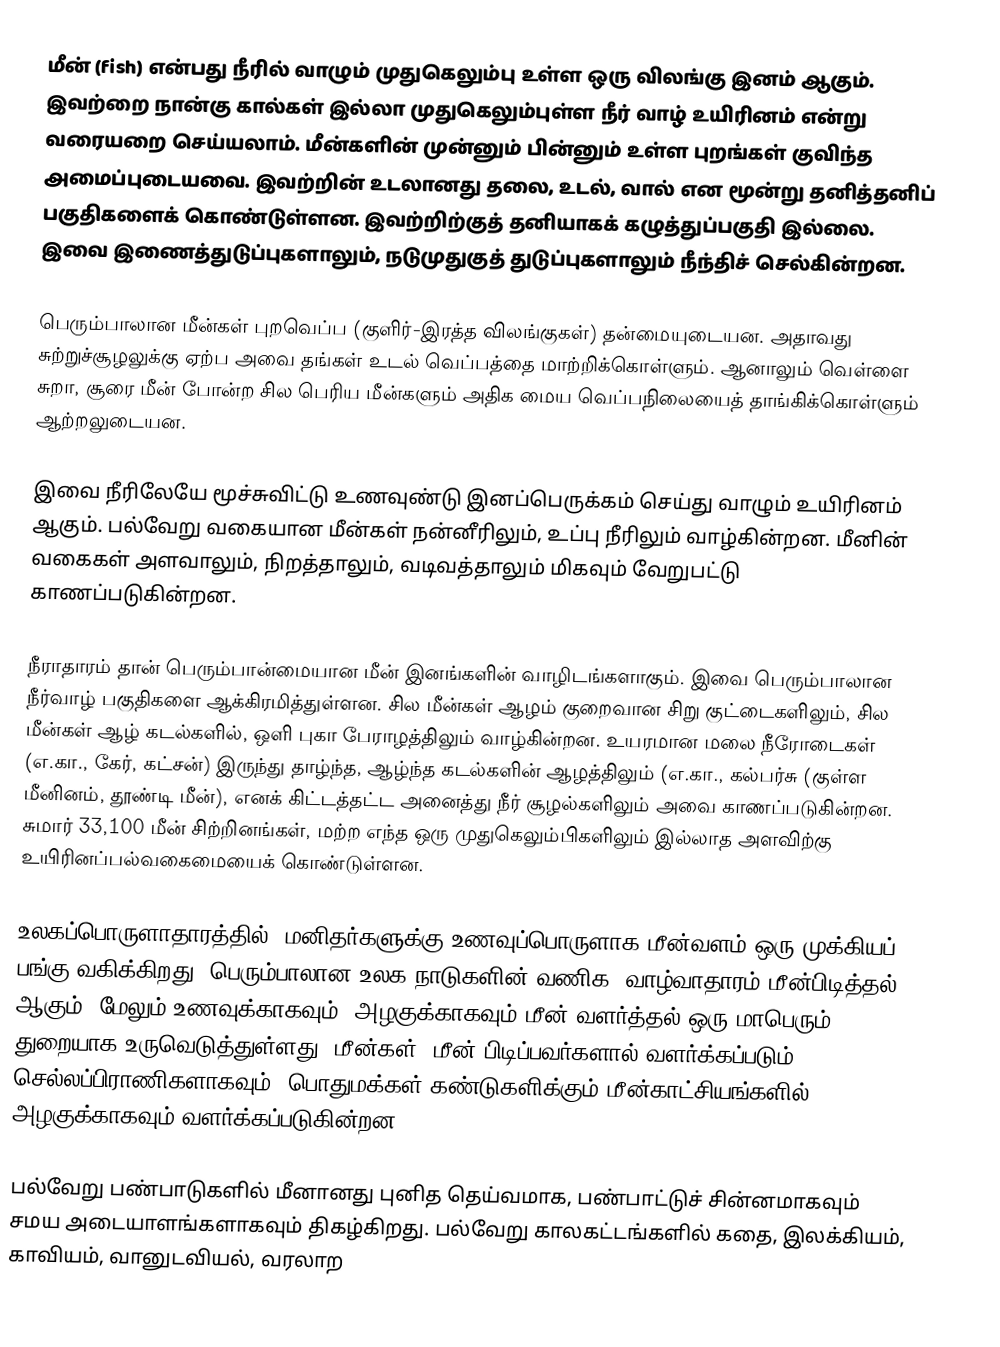
மீன் (fish) என்பது நீரில் வாழும் முதுகெலும்பு உள்ள ஒரு விலங்கு இனம் ஆகும். இவற்றை நான்கு கால்கள் இல்லா முதுகெலும்புள்ள நீர் வாழ் உயிரினம் என்று வரையறை செய்யலாம். மீன்களின் முன்னும் பின்னும் உள்ள புறங்கள் குவிந்த அமைப்புடையவை. இவற்றின் உடலானது தலை, உடல், வால் என மூன்று தனித்தனிப் பகுதிகளைக் கொண்டுள்ளன. இவற்றிற்குத் தனியாகக் கழுத்துப்பகுதி இல்லை. இவை இணைத்துடுப்புகளாலும், நடுமுதுகுத் துடுப்புகளாலும் நீந்திச் செல்கின்றன.

பெரும்பாலான மீன்கள் புறவெப்ப (குளிர்-இரத்த விலங்குகள்) தன்மையுடையன. அதாவது சுற்றுச்சூழலுக்கு ஏற்ப அவை தங்கள் உடல் வெப்பத்தை மாற்றிக்கொள்ளும். ஆனாலும் வெள்ளை சுறா, சூரை மீன் போன்ற சில பெரிய மீன்களும் அதிக மைய வெப்பநிலையைத் தாங்கிக்கொள்ளும் ஆற்றலுடையன.

இவை நீரிலேயே மூச்சுவிட்டு உணவுண்டு இனப்பெருக்கம் செய்து வாழும் உயிரினம் ஆகும். பல்வேறு வகையான மீன்கள் நன்னீரிலும், உப்பு நீரிலும் வாழ்கின்றன. மீனின் வகைகள் அளவாலும், நிறத்தாலும், வடிவத்தாலும் மிகவும் வேறுபட்டு காணப்படுகின்றன.

நீராதாரம் தான் பெரும்பான்மையான மீன் இனங்களின் வாழிடங்களாகும். இவை பெரும்பாலான நீர்வாழ் பகுதிகளை ஆக்கிரமித்துள்ளன. சில மீன்கள் ஆழம் குறைவான சிறு குட்டைகளிலும், சில மீன்கள் ஆழ் கடல்களில், ஒளி புகா பேராழத்திலும் வாழ்கின்றன. உயரமான மலை நீரோடைகள் (எ.கா., கேர், கட்சன்) இருந்து தாழ்ந்த, ஆழ்ந்த கடல்களின் ஆழத்திலும் (எ.கா., கல்பர்சு (குள்ள மீனினம், தூண்டி மீன்), எனக் கிட்டத்தட்ட அனைத்து நீர் சூழல்களிலும் அவை காணப்படுகின்றன. சுமார் 33,100 மீன் சிற்றினங்கள், மற்ற எந்த ஒரு முதுகெலும்பிகளிலும் இல்லாத அளவிற்கு உயிரினப்பல்வகைமையைக் கொண்டுள்ளன.

உலகப்பொருளாதாரத்தில், மனிதர்களுக்கு உணவுப்பொருளாக மீன்வளம் ஒரு முக்கியப் பங்கு வகிக்கிறது. பெரும்பாலான உலக நாடுகளின் வணிக, வாழ்வாதாரம் மீன்பிடித்தல் ஆகும். மேலும் உணவுக்காகவும், அழகுக்காகவும் மீன் வளர்த்தல் ஒரு மாபெரும் துறையாக உருவெடுத்துள்ளது. மீன்கள், மீன் பிடிப்பவர்களால் வளர்க்கப்படும் செல்லப்பிராணிகளாகவும், பொதுமக்கள் கண்டுகளிக்கும் மீன்காட்சியங்களில் அழகுக்காகவும் வளர்க்கப்படுகின்றன.

பல்வேறு பண்பாடுகளில் மீனானது புனித தெய்வமாக, பண்பாட்டுச் சின்னமாகவும் சமய அடையாளங்களாகவும் திகழ்கிறது. பல்வேறு காலகட்டங்களில் கதை, இலக்கியம், காவியம், வானுடவியல், வரலாற